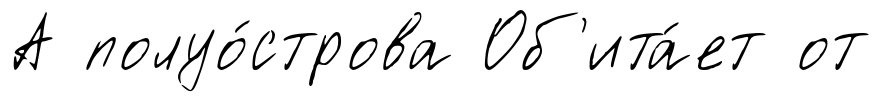
А полуо́строва Об'ита́ет от